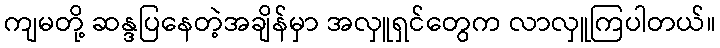
ကျမတို့ ဆန္ဒပြနေတဲ့အချိန်မှာ အလှူရှင်တွေက လာလှူကြပါတယ်။